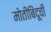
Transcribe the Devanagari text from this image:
मोतीबिंदूची